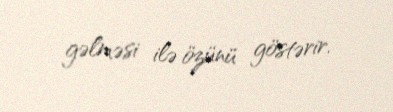
gəlməsi ilə özünü göstərir.